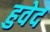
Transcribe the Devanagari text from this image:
हुवेद